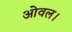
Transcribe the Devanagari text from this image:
ओवल।